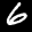
Label: 6